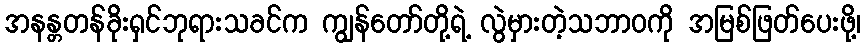
အနန္တတန်ခိုးရှင်ဘုရားသခင်က ကျွန်တော်တို့ရဲ့ လွဲမှားတဲ့သဘာဝကို အမြစ်ဖြတ်ပေးဖို့၊